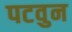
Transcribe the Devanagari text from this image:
पटवुन